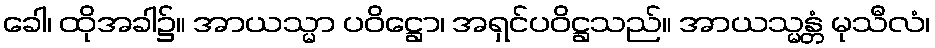
ခေါ၊ ထိုအခါ၌။ အာယသ္မာ ပဝိဋ္ဌော၊ အရှင်ပဝိဋ္ဌသည်။ အာယသ္မန္တံ မုသီလံ၊